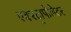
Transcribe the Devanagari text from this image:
एक्स्ट्रापोलेटर